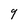
Character: 9